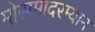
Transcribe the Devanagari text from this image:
मोसमादरम्यान